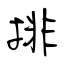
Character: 排